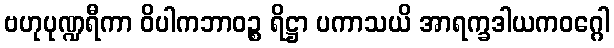
ဗဟုပုဏ္ဍရီကာ ဝိပါကဘာဝဉ္စ ရိဋ္ဌာ ပကာသယိ အာရက္ခဒါယကဝဂ္ဂေါ